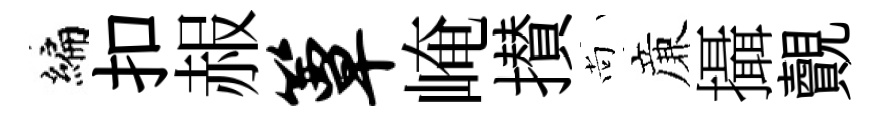
编扣赧簟崦攅尚亷攝覿